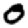
Digit: 0